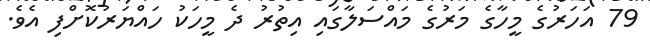
79 އަހަރުގެ މީހާގެ މަރުގެ މައްސަލާގައި އިތުރު ދެ މީހަކު ހައްޔަރުކޮށްފި އެވެ.